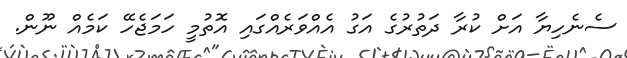
ސެނެހިޔާ އަށް ކުރާ ދަތުރުގެ އަގު އެއްވަރެއްގައި އޮތުމީ ހަމަޖެހޭ ކަމެއް ނޫން.